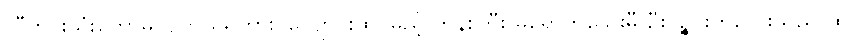
သီတင်းသုံးတော်မူလျက် ရှိရကား ၊ကျောင်းထိုင်မည့် ဘုန်းကြီး မရောက်သေးမီ ဦးပဉ္စင်းကလေးသည် ထို